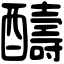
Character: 醻